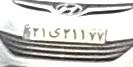
۲۱ی۲۱۱۷۷